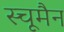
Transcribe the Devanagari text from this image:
स्चूमैन